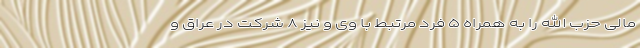
مالی حزب الله را به همراه ۵ فرد مرتبط با وی و نیز ۸ شرکت در عراق و